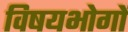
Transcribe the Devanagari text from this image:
विषयभोगों